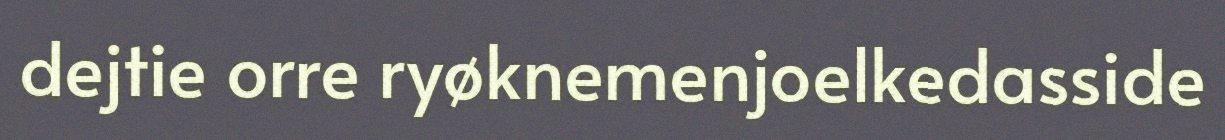
dejtie orre ryøknemenjoelkedasside